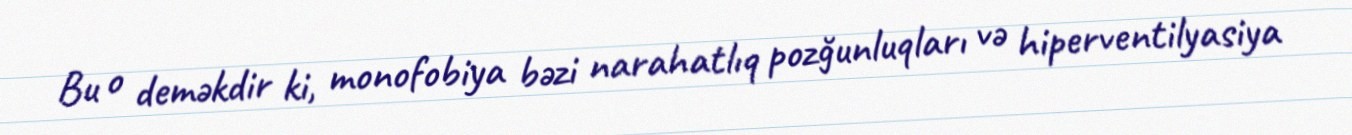
Bu o deməkdir ki, monofobiya bəzi narahatlıq pozğunluqları və hiperventilyasiya